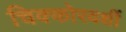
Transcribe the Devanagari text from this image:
चिक्कोरवशीं